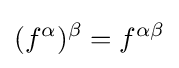
(f^{\alpha })^{\beta }=f^{\alpha \beta }